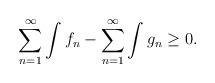
LaTeX: \begin{align*}\sum_{n=1}^{\infty}\int f_n-\sum_{n=1}^{\infty}\int g_n \geq 0. \end{align*}